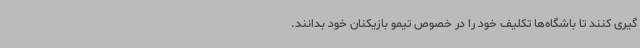
گیری کنند تا باشگاه‌ها تکلیف خود را در خصوص تیمو بازیکنان خود بدانند.